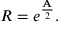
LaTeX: R = e ^ { \frac { \mathbf { A } } { 2 } } .